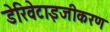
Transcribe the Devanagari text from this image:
डेरिवेटाइजीकरण